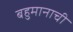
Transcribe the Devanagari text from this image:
बहुमानाची